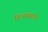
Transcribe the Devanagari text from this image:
विअक्साचे